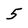
Character: 5